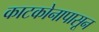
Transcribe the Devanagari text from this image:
काटकोनापासून